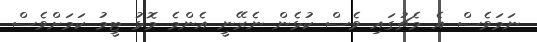
ނަމަވެސް އެ މެޗުގައި ވެސް ކުޅެން ނެރޭނީ އެންމެ މޮޅު ޓީމު ކަމަށްވެސް